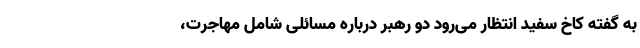
به گفته کاخ سفید انتظار می‌رود دو رهبر درباره مسائلی شامل مهاجرت،